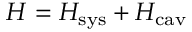
H = H _ { \mathrm { s y s } } + H _ { \mathrm { c a v } }